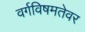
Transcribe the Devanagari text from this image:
वर्गविषमतेवर